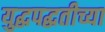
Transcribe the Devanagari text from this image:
युद्धपद्धतीच्या